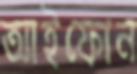
আইফোন